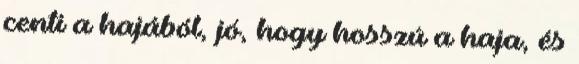
centi a hajából, jó, hogy hosszú a haja, és